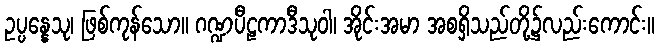
ဥပ္ပန္နေသု၊ ဖြစ်ကုန်သော။ ဂဏ္ဍပီဠကာဒီသုဝါ၊ အိုင်းအမာ အစရှိသည်တို့၌လည်းကောင်း။